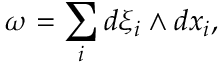
\omega = \sum _ { i } d \xi _ { i } \wedge d x _ { i } ,